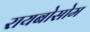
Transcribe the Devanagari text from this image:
रायबोसोम